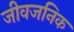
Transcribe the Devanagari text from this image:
जीवजनिक